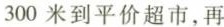
300米到平价超市，再